画像に写った文字を読んでください
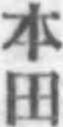
「本田」と書いてあります